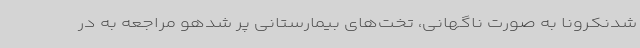
شدنکرونا به صورت ناگهانی، تخت‌های بیمارستانی پر شدهو مراجعه به در